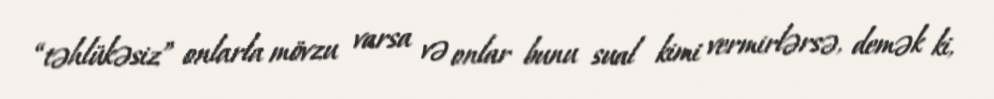
“təhlükəsiz” onlarla mövzu varsa və onlar bunu sual kimi vermirlərsə, demək ki,